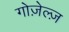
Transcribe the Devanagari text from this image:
गोज़ेल्ज़